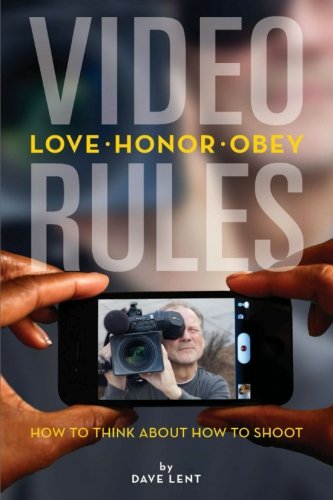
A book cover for Video Rules: How to think about how to shoot; Dave Lent; Arts & Photography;